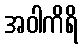
အဝါကိရိ